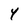
Character: 4